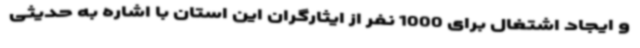
و ایجاد اشتغال برای 1000 نفر از ایثارگران این استان با اشاره به حدیثی